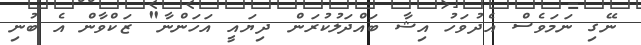
ނޭގި ނަމަވެސް އެދުވަހު އިޝާ ބައްދަލުކުރަން ދިޔައީ އަހަންނާ" ޒަކްވާން އެ ބުނި